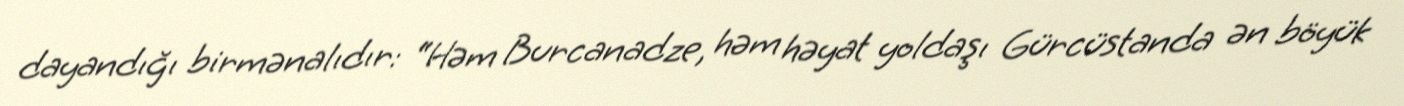
dayandığı birmənalıdır: “Həm Burcanadze, həm həyat yoldaşı Gürcüstanda ən böyük